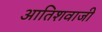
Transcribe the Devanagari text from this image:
आतिशवाजी